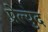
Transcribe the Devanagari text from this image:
प्रेल्युद